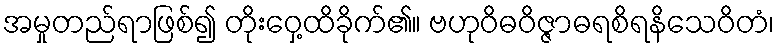
အမှုတည်ရာဖြစ်၍ တိုးဝှေ့ထိခိုက်၏။ ဗဟုဝိဓဝိဇ္ဇာဓရစိရနိသေဝိတံ၊